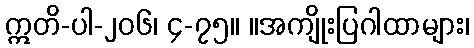
ဣတိ-ပါ-၂၀၆၊ ၄-၇၅။ ။အကျိုးပြဂါထာများ၊